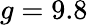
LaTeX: g=9.8